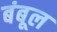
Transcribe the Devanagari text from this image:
बंबूल